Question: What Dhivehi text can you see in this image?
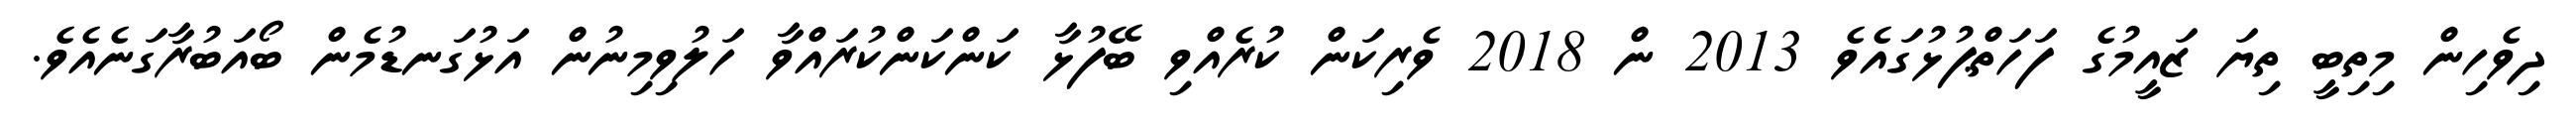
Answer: ދިވެހިން މިތިބީ ތިޔަ ޒައީމުގެ ފަހަތްޕުޅުގައެވެ 2013 ން 2018 ވެރިކަން ކުރެއްވި ބޭފުޅާ ކަންކަންކުރައްވާ ހަލުވިމިނުން އަޅުގަނޑުމެން ބޯއަބުރާގަނެއެވެ.